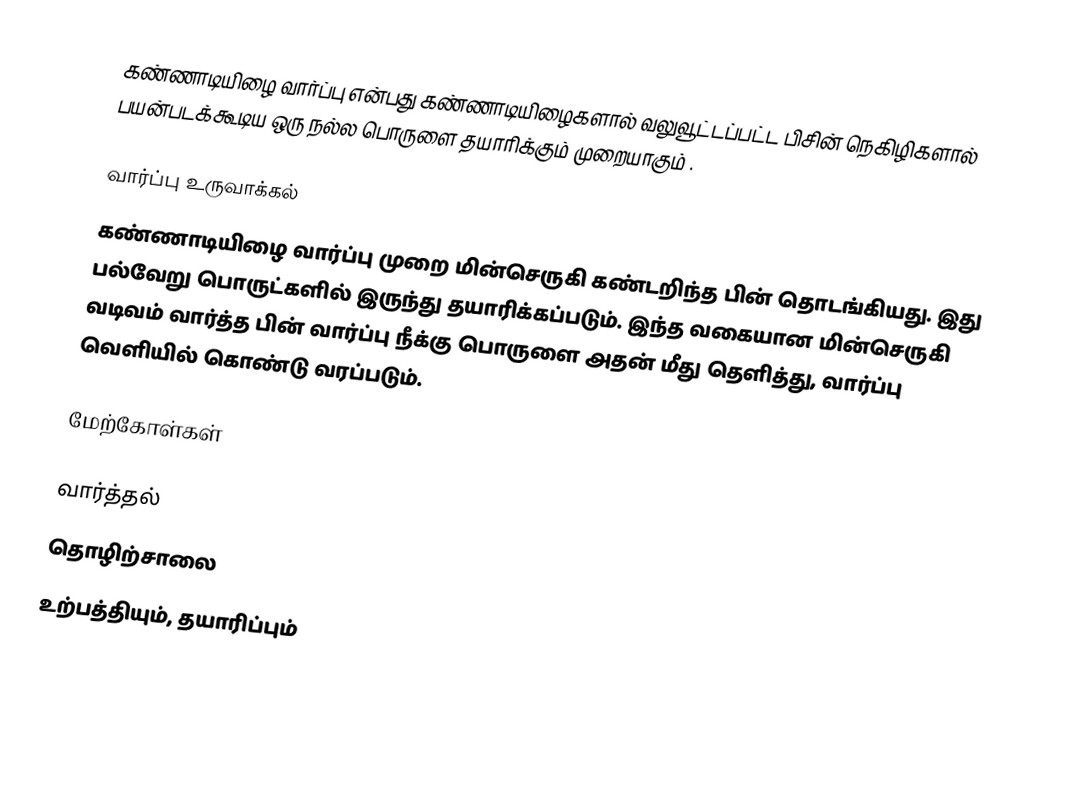
கண்ணாடியிழை வார்ப்பு என்பது கண்ணாடியிழைகளால் வலுவூட்டப்பட்ட பிசின் நெகிழிகளால் பயன்படக்கூடிய ஒரு நல்ல பொருளை தயாரிக்கும் முறையாகும் .

வார்ப்பு உருவாக்கல்
கண்ணாடியிழை வார்ப்பு முறை மின்செருகி கண்டறிந்த பின் தொடங்கியது. இது பல்வேறு பொருட்களில் இருந்து தயாரிக்கப்படும். இந்த வகையான மின்செருகி வடிவம் வார்த்த பின் வார்ப்பு நீக்கு பொருளை அதன் மீது தெளித்து, வார்ப்பு வெளியில் கொண்டு வரப்படும்.

மேற்கோள்கள்

வார்த்தல்
தொழிற்சாலை
உற்பத்தியும், தயாரிப்பும்